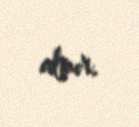
almır.